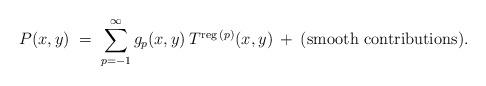
LaTeX: \begin{align*}P(x,y) \;=\; \sum_{p=-1}^\infty g_p(x,y) \:T^{\mbox{\scriptsize{reg}}\:(p)}(x,y) \:+\: {\mbox{(smooth contributions)}}.\end{align*}